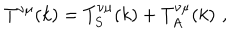
LaTeX: T ^ { \nu \mu } ( k ) = T _ { S } ^ { \nu \mu } ( k ) + T _ { A } ^ { \nu \mu } ( k ) \, \, ,